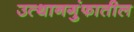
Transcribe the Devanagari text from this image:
उत्थानगुंफातील